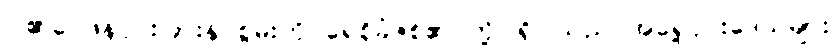
ငါ၏ဝေဖန်ပိုင်းခြားနိုင်စွမ်းကို ရေစိုခံဇစ်၏ တို့ပါရှိပါသည် အရှေ့ပိုင်းဒေသများ